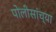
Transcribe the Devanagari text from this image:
पोलीसांच्या